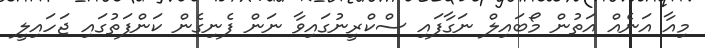
މިއާ އަނެއް އަތުން މޯބައިލް ނަގާފައި ސްކްރީނުގައިވާ ނަން ފެނިގެން ކަންފަތުގައި ޖަހައިލީ